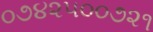
૦૭૪૨૫૦૦૭૨૧